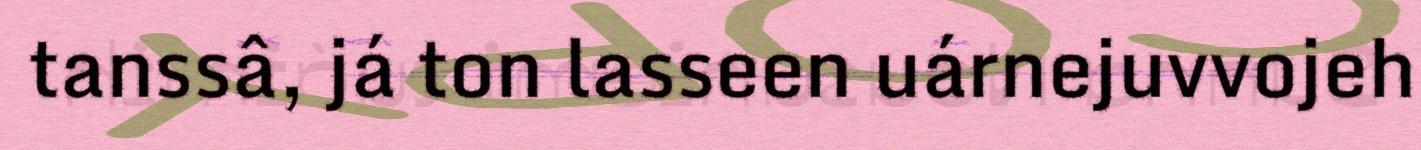
tanssâ, já ton lasseen uárnejuvvojeh